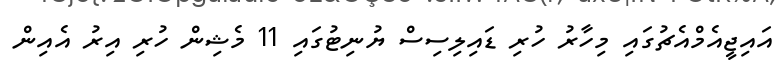
އައިޖީއެމްއެޗުގައި މިހާރު ހުރި ޑައިލިސިސް ޔުނިޓުގައި 11 މެޝިން ހުރި އިރު އެއިން